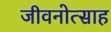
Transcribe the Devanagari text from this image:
जीवनोत्साह